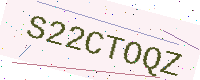
Text: S22CTOQZ